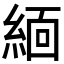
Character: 𬗟